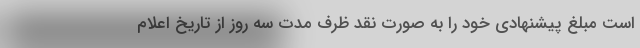
است مبلغ پیشنهادي خود را به صورت نقد ظرف مدت سه روز از تاریخ اعلام